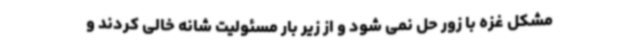
مشکل غزه با زور حل نمی شود و از زیر بار مسئولیت شانه خالی کردند و